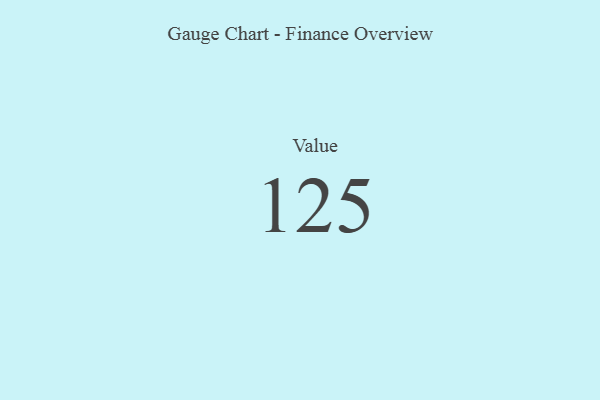
{"axis": {"x": "Metric", "y": "Value"}, "legend": [""], "data": [{"x": "Value", "y": 125, "type": ""}]}